Lunatic asylums in Bengal annual reports 1888-1898 - 1888-1898
Year: 1888
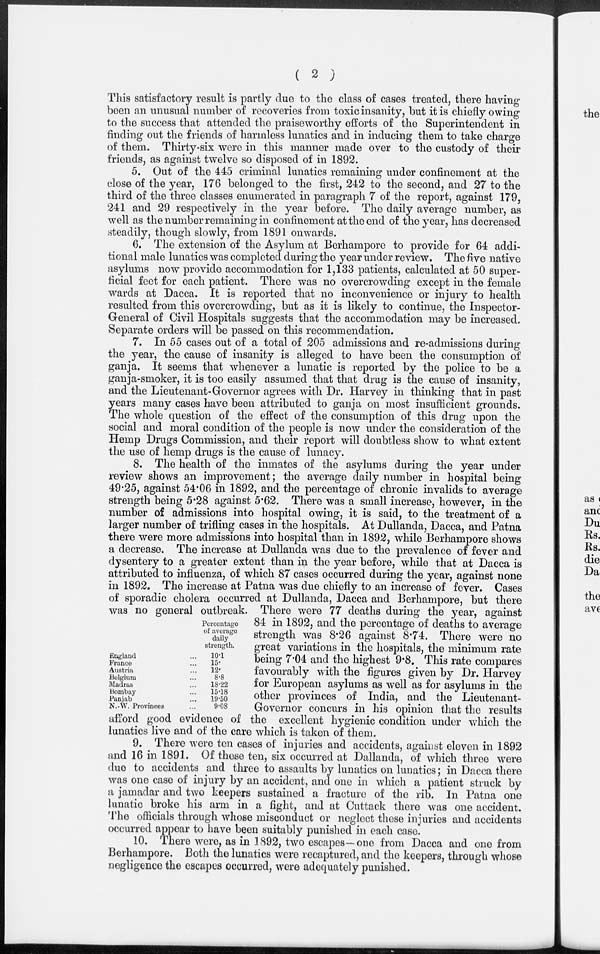
( 2 )
Percentage
of average
daily
strength.
England ...
France ...
Austria ...
Belgium ...
Madras ...
Bombay ...
Panjab ...
N.-W. Provinces ...
10.1
15.
12.
8.8
18.22
15.18
19.50
9.08
This satisfactory result is partly due to the class of cases treated, there having
been an unusual number of recoveries from toxic insanity, but it is chiefly owing
to the success that attended the praiseworthy efforts of the Superintendent in
finding out the friends of harmless lunatics and in inducing them to take charge
of them. Thirty-six were in this manner made over to the custody of their
friends, as against twelve so disposed of in 1892.
5. Out of the 445 criminal lunatics remaining under confinement at the
close of the year, 176 belonged to the first, 242 to the second, and 27 to the
third of the three classes enumerated in paragraph 7 of the report, against 179,
241 and 29 respectively in the year before. The daily average number, as
well as the number remaining in confinement at the end of the year, has decreased
steadily, though slowly, from 1891 onwards.
6. The extension of the Asylum at Berhampore to provide for 64 addi-
tional male lunatics was completed during the year under review. The five native
asylums now provide accommodation for 1,133 patients, calculated at 50 super-
ficial feet for each patient. There was no overcrowding except in the female
wards at Dacca. It is reported that no inconvenience or injury to health
resulted from this overcrowding, but as it is likely to continue, the Inspector-
General of Civil Hospitals suggests that the accommodation may be increased.
Separate orders will be passed on this recommendation.
7. In 55 cases out of a total of 205 admissions and re-admissions during
the year, the cause of insanity is alleged to have been the consumption of
ganja. It seems that whenever a lunatic is reported by the police to be a
ganja-smoker, it is too easily assumed that that drug is the cause of insanity,
and the Lieutenant-Governor agrees with Dr. Harvey in thinking that in past
years many cases have been attributed to ganja on most insufficient grounds.
The whole question of the effect of the consumption of this drug upon the
social and moral condition of the people is now under the consideration of the
Hemp Drugs Commission, and their report will doubtless show to what extent
the use of hemp drugs is the cause of lunacy.
8. The health of the inmates of the asylums during the year under
review shows an improvement; the average daily number in hospital being
49.25, against 54.06 in 1892, and the percentage of chronic invalids to average
strength being 5.28 against 5.62. There was a small increase, however, in the
number of admissions into hospital owing, it is said, to the treatment of a
larger number of trifling cases in the hospitals. At Dullanda, Dacca, and Patna
there were more admissions into hospital than in 1892, while Berhampore shows
a decrease. The increase at Dullanda was due to the prevalence of fever and
dysentery to a greater extent than in the year before, while that at Dacca is
attributed to influenza, of which 87 cases occurred during the year, against none
in 1892. The increase at Patna was due chiefly to an increase of fever. Cases
of sporadic cholera occurred at Dullanda, Dacca and Berhampore, but there
was no general outbreak. There were 77 deaths during the year, against
84 in 1892, and the percentage of deaths to average
strength was 8.26 against 8.74. There were no
great variations in the hospitals, the minimum rate
being 7.04 and the highest 9.8. This rate compares
favourably with the figures given by Dr. Harvey
for European asylums as well as for asylums in the
other provinces of India, and the Lieutenant-
Governor concurs in his opinion that the results
afford good evidence of the excellent hygienic condition under which the
lunatics live and of the care which is taken of them.
9. There were ten cases of injuries and accidents, against eleven in 1892
and 16 in 1891. Of these ten, six occurred at Dallanda, of which three were
due to accidents and three to assaults by lunatics on lunatics; in Dacca there
was one case of injury by an accident, and one in which a patient struck by
a jamadar and two keepers sustained a fracture of the rib. In Patna one
lunatic broke his arm in a fight, and at Cuttack there was one accident.
The officials through whose misconduct or neglect these injuries and accidents
occurred appear to have been suitably punished in each case.
10. There were, as in 1892, two escapes—one from Dacca and one from
Berhampore. Both the lunatics were recaptured, and the keepers, through whose
negligence the escapes occurred, were adequately punished.